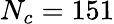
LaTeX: N_{c}=151